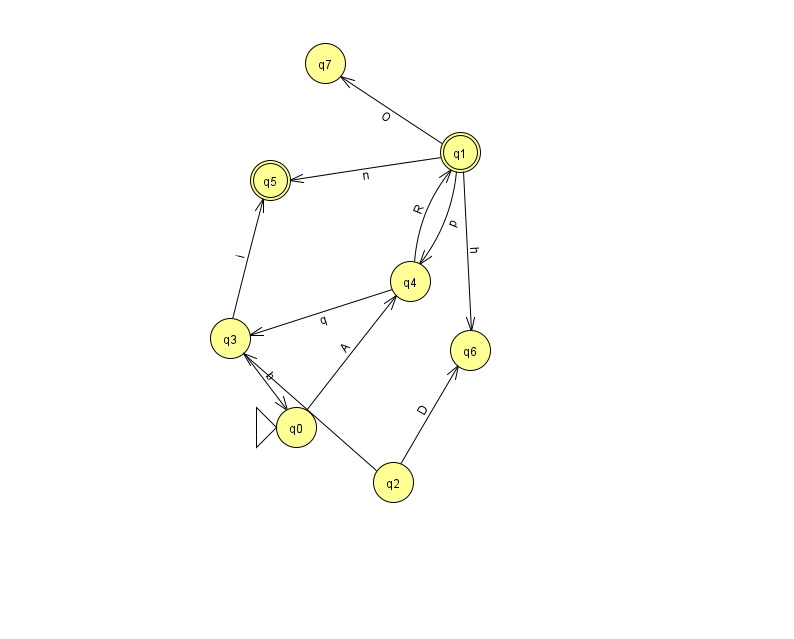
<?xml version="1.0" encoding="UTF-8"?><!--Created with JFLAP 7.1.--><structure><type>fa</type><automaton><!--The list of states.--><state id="0" name="q0"><x>296.0</x><y>414.0</y><initial/></state><state id="1" name="q1"><x>460.0</x><y>139.0</y><final/></state><state id="2" name="q2"><x>393.0</x><y>469.0</y></state><state id="3" name="q3"><x>230.0</x><y>325.0</y></state><state id="4" name="q4"><x>410.0</x><y>268.0</y></state><state id="5" name="q5"><x>270.0</x><y>167.0</y><final/></state><state id="6" name="q6"><x>470.0</x><y>337.0</y></state><state id="7" name="q7"><x>325.0</x><y>50.0</y></state><!--The list of transitions.--><transition><from>2</from><to>3</to><read>Z</read></transition><transition><from>3</from><to>0</to><read>b</read></transition><transition><from>1</from><to>5</to><read>n</read></transition><transition><from>1</from><to>7</to><read>O</read></transition><transition><from>3</from><to>5</to><read>i</read></transition><transition><from>1</from><to>6</to><read>h</read></transition><transition><from>0</from><to>4</to><read>A</read></transition><transition><from>2</from><to>6</to><read>D</read></transition><transition><from>4</from><to>1</to><read>R</read></transition><transition><from>1</from><to>4</to><read>p</read></transition><transition><from>4</from><to>3</to><read>q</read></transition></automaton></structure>